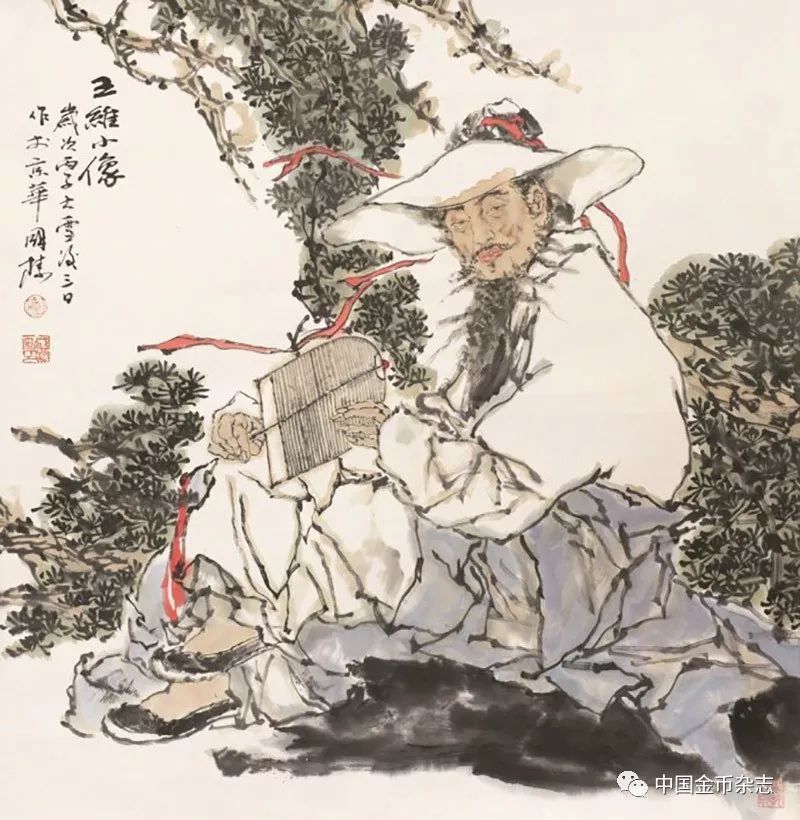
霜风渐欲作重阳，熠熠溪边野菊香。